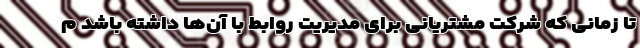
تا زمانی که شرکت مشتریانی برای مدیریت روابط با آن‌ها داشته باشد م